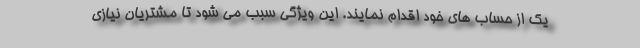
یک از حساب های خود اقدام نمایند. این ویژگی سبب می شود تا مشتریان نیازی